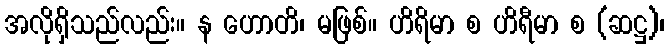
အလိုရှိသည်လည်း။ န ဟောတိ၊ မဖြစ်။ ဟိရိမာ စ ဟိရီမာ စ (ဆဋ္ဌ)၊